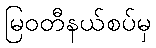
မြဝတီနယ်စပ်မှ